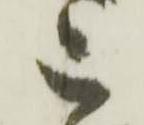
被